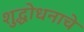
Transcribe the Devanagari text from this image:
शुद्धोधनाचे